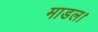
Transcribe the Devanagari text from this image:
माडल।